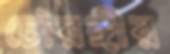
চৌরঙ্গীর